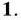
1.